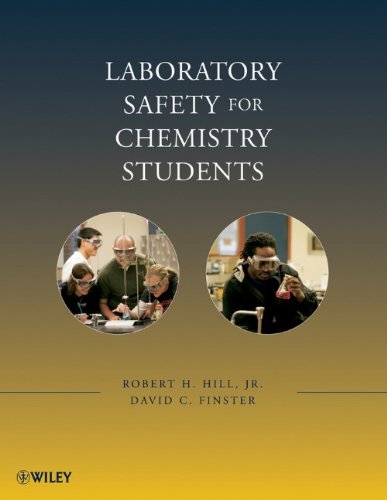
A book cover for Laboratory Safety for Chemistry Students; Robert H. Hill; Science & Math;